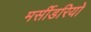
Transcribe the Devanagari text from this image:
मर्सीडरियो